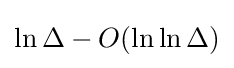
\ln \Delta -O(\ln \ln \Delta )